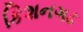
કિશનગઢ